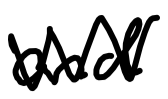
Text: and
Cross-out: zig-zag
Writing tool: digital_black